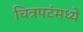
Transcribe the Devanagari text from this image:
चित्रपटंमध्ये